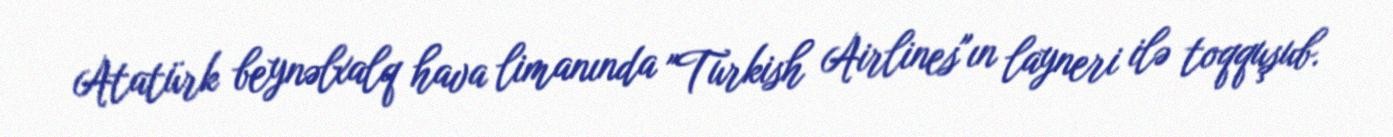
Atatürk beynəlxalq hava limanında "Turkish Airlines"ın layneri ilə toqquşub.